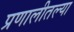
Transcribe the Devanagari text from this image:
प्रणालीतल्या